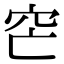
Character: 𥤩